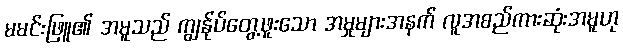
မမင်းဖြူ၏ အမူသည် ကျွန်ုပ်တွေ့ဖူးသော အမှုများအနက် လူအစည်ကားဆုံးအမူဟု